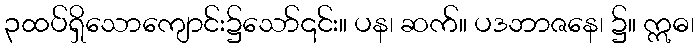
၃ထပ်ရှိသောကျောင်း၌သော်၎င်း။ ပန၊ ဆက်။ ပဒဘာဇနေ၊ ၌။ ဣဓ၊